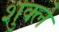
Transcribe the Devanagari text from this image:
शुक्ले